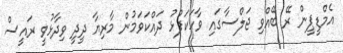
އެމްޑީޕީން ރޭ ބޭއްވި ޖަލްސާގައި ވާހަކަފުޅު ދައްކަވަމުން މާރިޔާ ދީދީ ވިދާޅުވީ ރައީސް